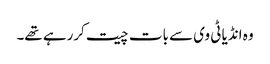
وہ انڈیا ٹی وی سے بات چیت کررہے تھے۔